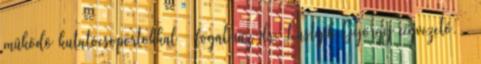
mûködô kutatócsoportokkal – fogalmaz dr. Lustyik György cégvezetô. —